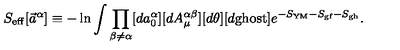
S _ { \mathrm { e f f } } [ \vec { a } ^ { \alpha } ] \equiv - \ln \int \prod _ { \beta \neq \alpha } [ d a _ { 0 } ^ { \alpha } ] [ d A _ { \mu } ^ { \alpha \beta } ] [ d \theta ] [ d \mathrm { g h o s t } ] e ^ { - S _ { \mathrm { Y M } } - S _ { \mathrm { g f } } - S _ { \mathrm { g h } } } .